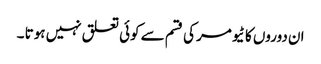
ان دوروں کا ٹیومر کی قسم سے کوئی تعلق نہیں ہوتا ۔